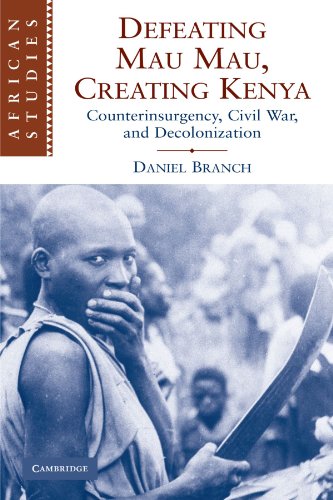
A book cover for Defeating Mau Mau, Creating Kenya: Counterinsurgency, Civil War, and Decolonization (African Studies); Daniel Branch; History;